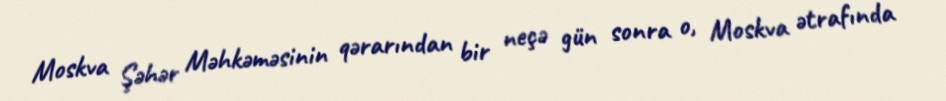
Moskva Şəhər Məhkəməsinin qərarından bir neçə gün sonra o, Moskva ətrafında